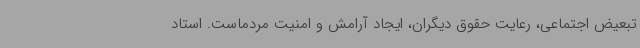
تبعیض اجتماعی، رعایت حقوق دیگران، ایجاد آرامش و امنیت مردماست. استاد